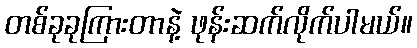
တစ်ခုခုကြားတာနဲ့ ဖုန်းဆက်လိုက်ပါမယ်။